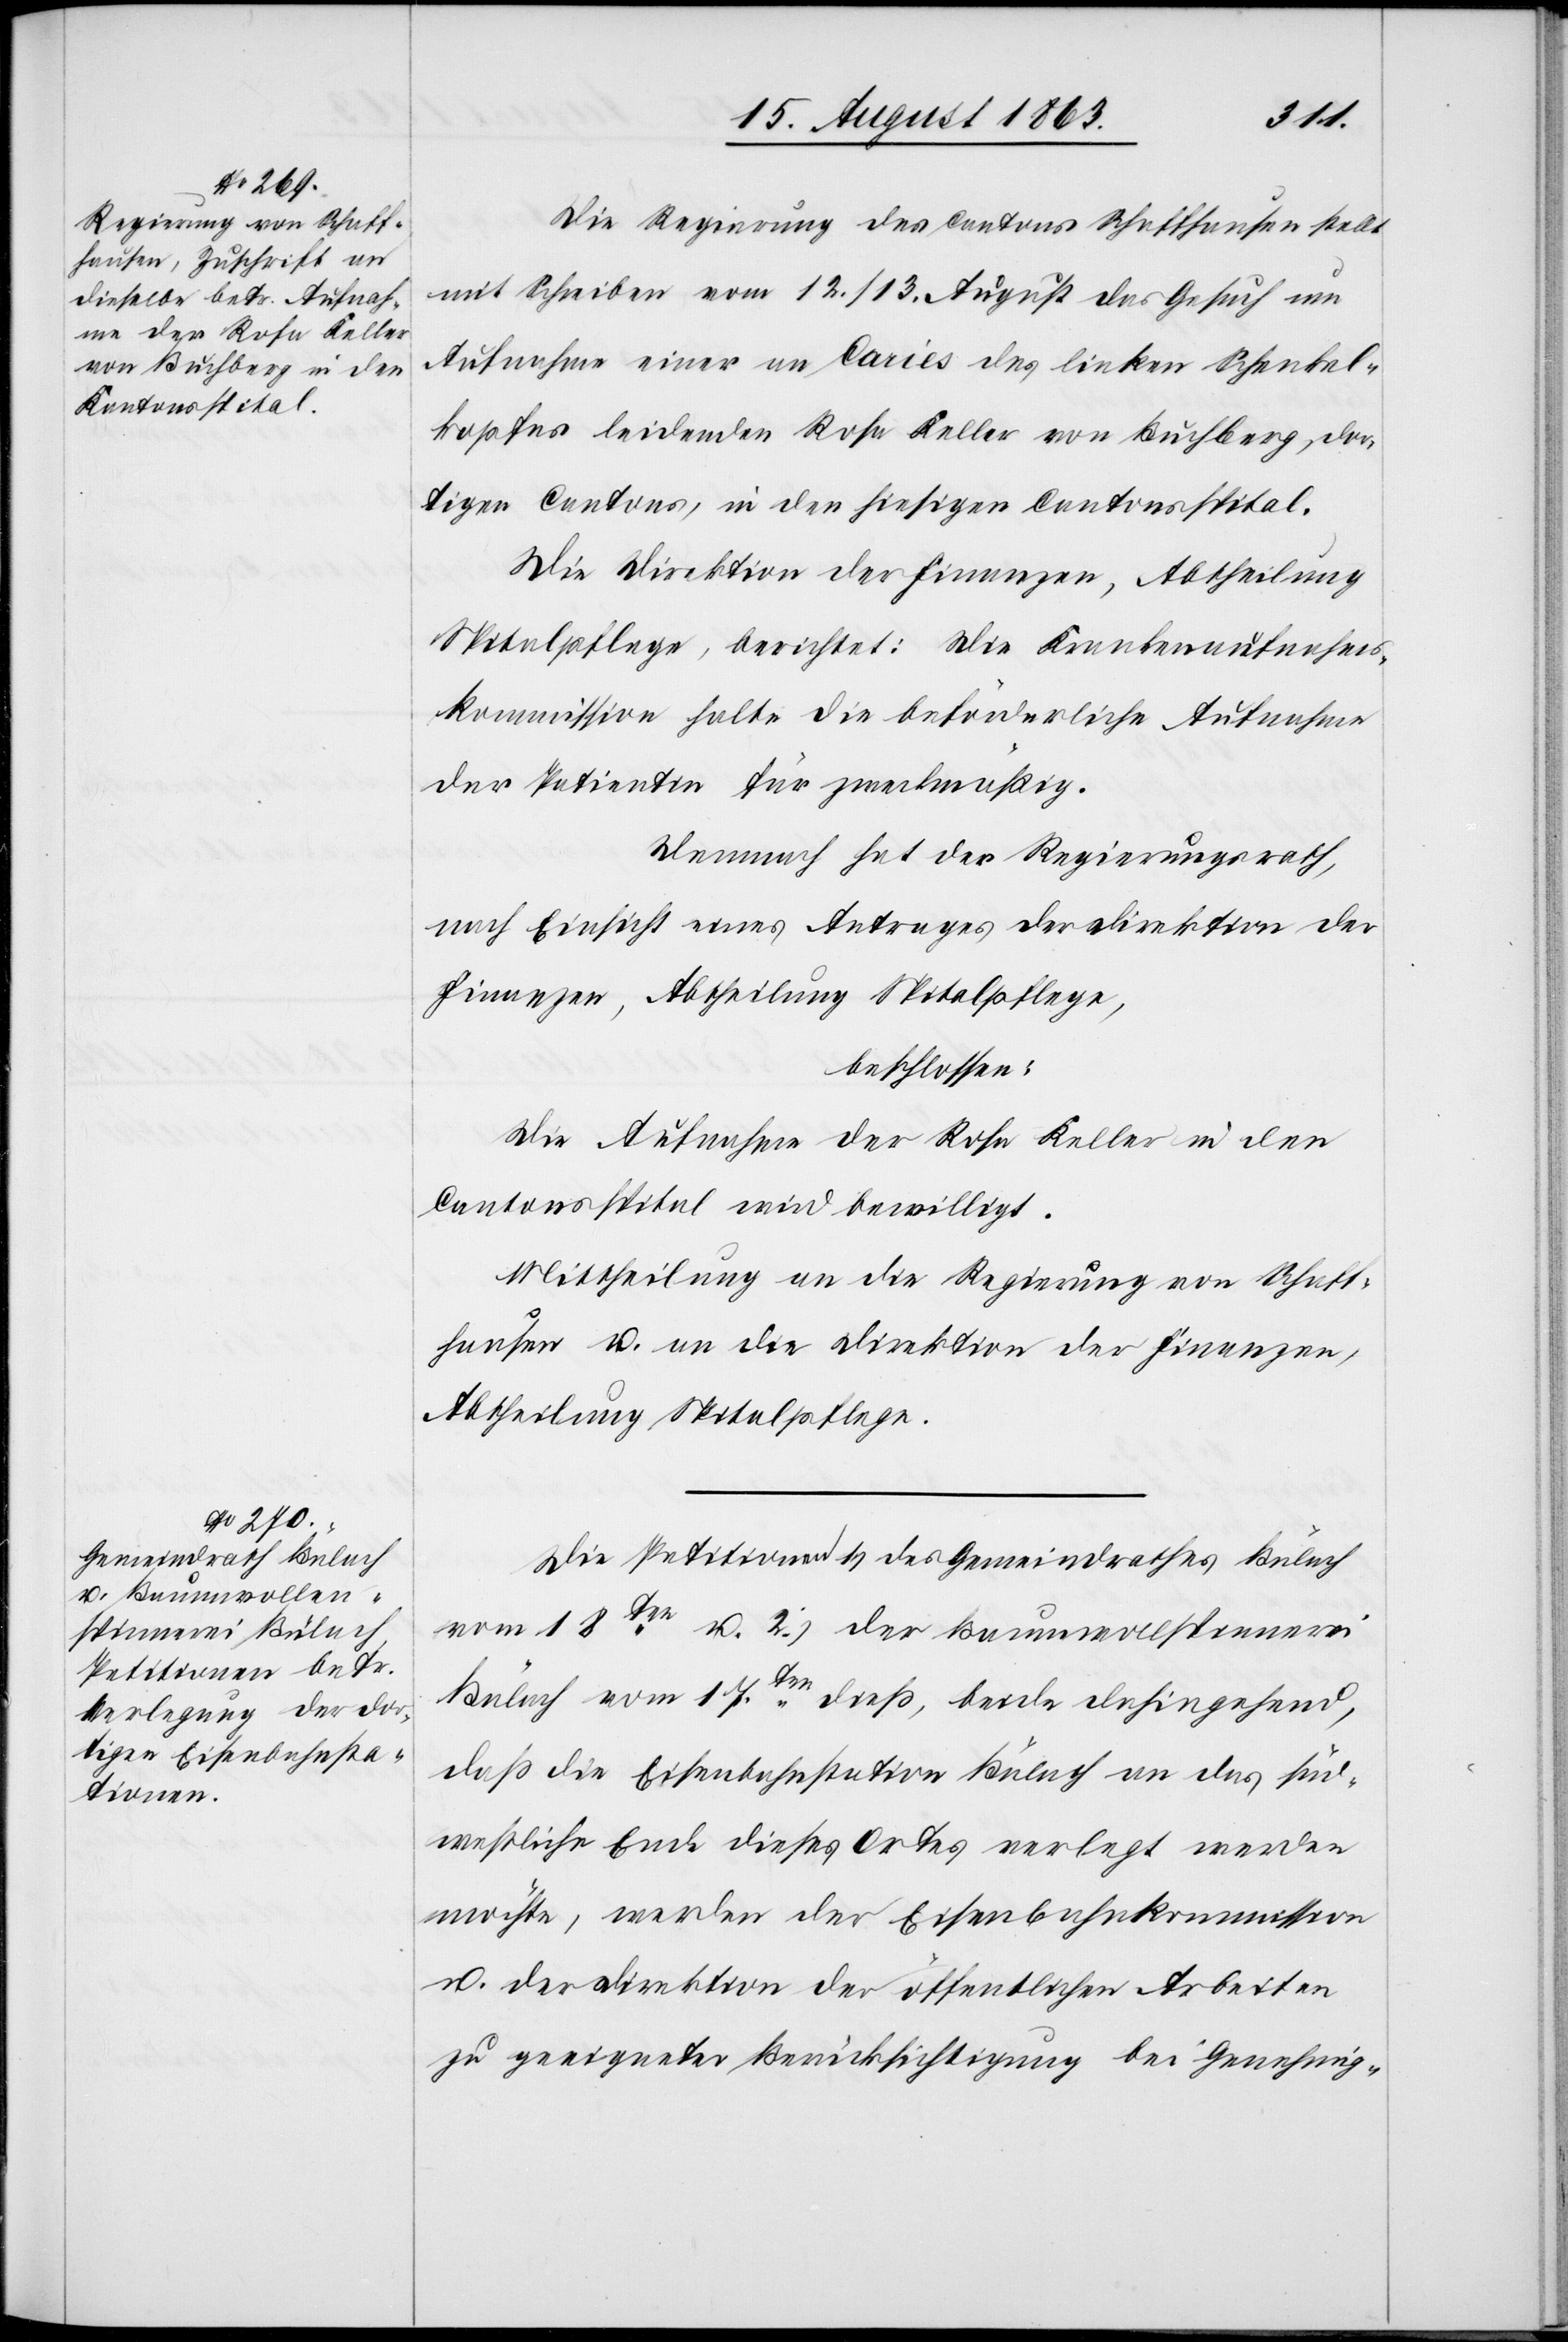
19. August 1863.]
Die Regierung des Cantons Schaffhausen stellt
mit Schreiben vom 12./13. August das Gesuch um
Aufnahme einer an Caries des linken Schenkel¬
kopfes leidenden Rosa Keller von Buchberg, dor¬
tigen Cantons, in den hiesigen Cantonsspital.
Die Direktion der Finanzen, Abtheilung
Spitalpflege, berichtet: Die Krankenaufnahms¬
kommission halte die beförderliche Aufnahme
der Patientin für zweckmäßig.
Demnach hat der Regierungsrath,
nach Einsicht eines Antrages der Direktion der
Finanzen, Abtheilung Spitalpflege,
beschlossen:
Die Aufnahme der Rosa Keller in den
Cantonsspital wird bewilligt.
Mittheilung an die Regierung von Schaff¬
hausen u. an die Direktion der Finanzen,
Abtheilung Spitalpflege.
Die Petitionen 1.) des Gemeindrathes Bülach
vom 18ten u. 2.) der Baumwollspinnerei
Bülach vom 17ten dieß, beide dahingehend,
daß die Eisenbahnstation Bülach an das süd¬
westliche Ende dieses Ortes verlegt werden
möchte, werden der Eisenbahnkommission
u. der Direktion der öffentlichen Arbeiten
zu geeigneter Berücksichtigung bei Genehmig-